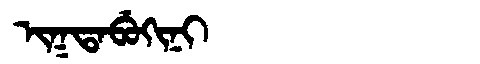
Manchu: ᡳᡴᡨᠠᠪᡠᡴᡳᠨᡳ
Romanization: IKTABUKINI